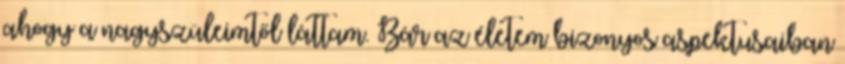
ahogy a nagyszüleimtől láttam. Bár az életem bizonyos aspektusaiban